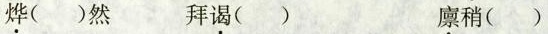
烨()然 拜谒() 廪稍()